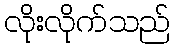
လိုးလိုက်သည်